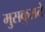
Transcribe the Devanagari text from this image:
मुसकुराते